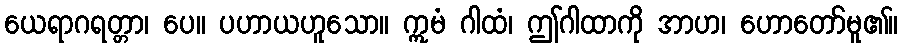
ယေရာဂရတ္တာ၊ ပေ။ ပဟာယဟူသော။ ဣမံ ဂါထံ၊ ဤဂါထာကို အာဟ၊ ဟောတော်မူ၏။